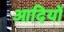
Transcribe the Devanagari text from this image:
आदियों